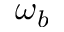
\omega _ { b }